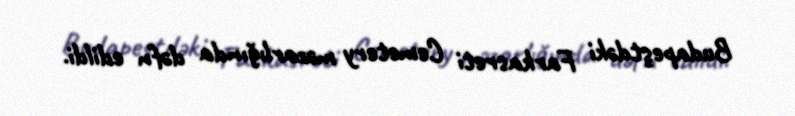
Budapeştdəki Farkasreti Cemetery məzarlığında dəfn edildi.